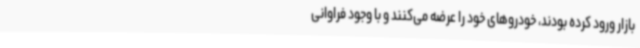
بازار ورود کرده بودند، خودروهای خود را عرضه می‌کنند و با وجود فراوانی